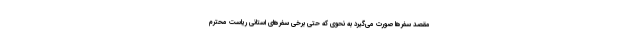
مقصد سفرها صورت می‌گیرد به نحوی که حتی برخی سفرهای استانی ریاست محترم